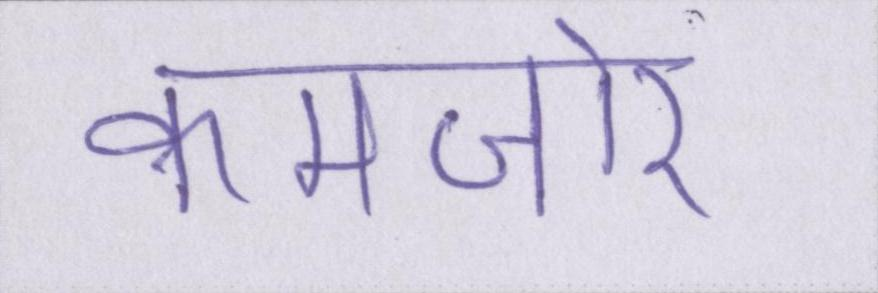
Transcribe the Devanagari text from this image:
कमजोर